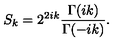
S _ { k } = 2 ^ { 2 i k } \frac { \Gamma ( i k ) } { \Gamma ( - i k ) } .